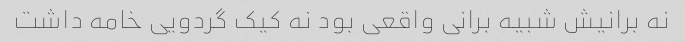
نه برانیش شبیه برانی واقعی بود نه کیک گردویی خامه داشت